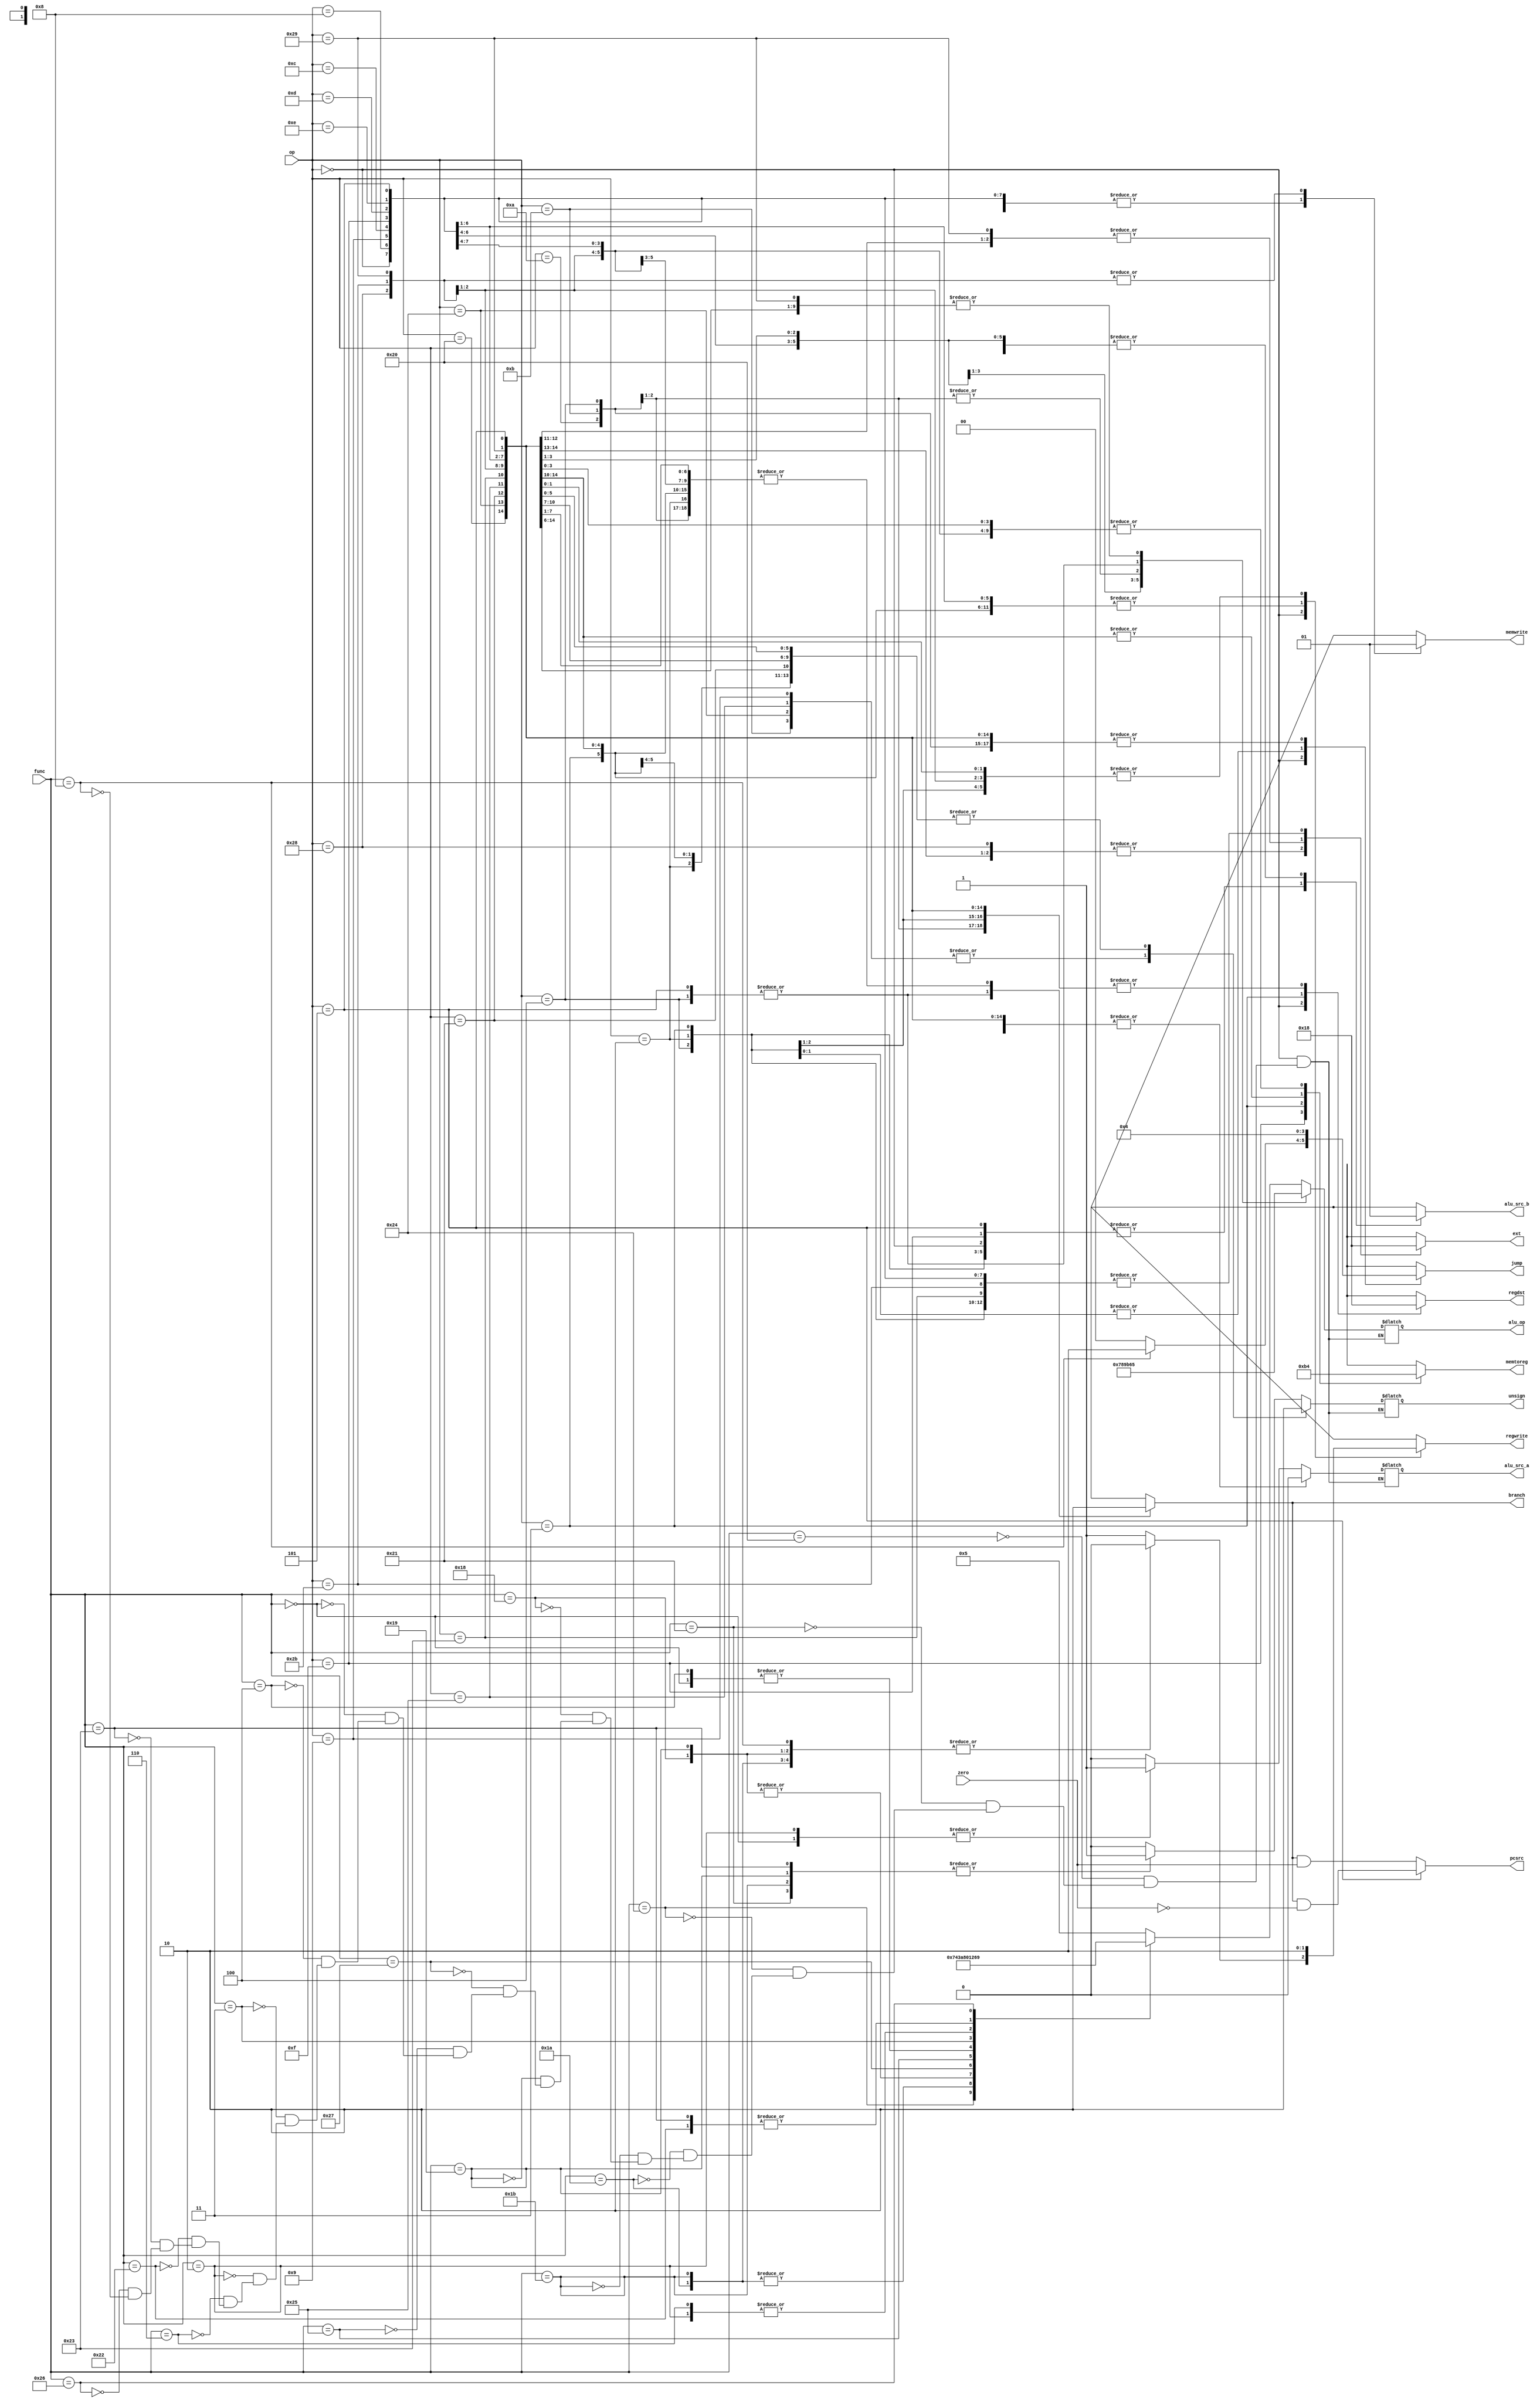
`timescale 1ns / 1ps

module ControlUnit(
    input wire[5:0] op,func,
    input wire zero,
	output reg[1:0] memtoreg,
    output reg memwrite,
	output reg branch,
	output wire pcsrc,
    output reg[3:0] alu_op,
    output reg alu_src_a,alu_src_b,
	output reg[1:0] regdst,
    output reg regwrite,
	output reg[1:0] ext,
    output reg unsign,
	output reg[1:0] jump
    );

    parameter R_TYPE_op     =       6'b000000;
	// Arithmetic and Logical Instructions
    parameter ADD_func      =       6'b100000;
    parameter ADDI_op       =       6'b001000;
    parameter ADDIU_op      =       6'b001001;
    parameter ADDU_func     =       6'b100001;
    parameter AND_func      =       6'b100100;
    parameter ANDI_op       =       6'b001100;
    parameter DIV_func      =       6'b011010;
    parameter DIVU_func     =       6'b011011;
    parameter LUI_op        =       6'b001111;
    parameter MULT_func     =       6'b011000;
    parameter MULTU_func    =       6'b011001;
    parameter NOR_func      =       6'b100111;
    parameter OR_func       =       6'b100101;
    parameter ORI_op        =       6'b001101;
    parameter SLL_func      =       6'b000000;
    parameter SLLV_func     =       6'b000100;
    parameter SRA_func      =       6'b000011;
    parameter SRAV_func     =       6'b000111;
    parameter SRL_func      =       6'b000010;
    parameter SRLV_func     =       6'b000110;
    parameter SUB_func      =       6'b100010;
    parameter SUBU_func     =       6'b100011;
    parameter XOR_func      =       6'b100110;
    parameter XORI_op       =       6'b001110;
    // Comparison Instructions
    parameter SLTI_op       =       6'b001010;
    parameter SLTIU_op      =       6'b001011;
    // Branch Instructions
    parameter BEQ_op        =       6'b000100;
    parameter BNE_op        =       6'b000101;
    // Jump Instructions
    parameter J_op          =       6'b000010;
    parameter JAL_op        =       6'b000011;
    parameter JR_func       =       6'b001000;
    // Load Instructions
    parameter LB_op         =       6'b100000;
    parameter LBU_op        =       6'b100100;
    parameter LH_op         =       6'b100001;
    parameter LHU_op        =       6'b100101;
    parameter LW_op         =       6'b100011;
    // Store Instructions
    parameter SB_op         =       6'b101000;
    parameter SH_op         =       6'b101001;
    parameter SW_op         =       6'b101011;
    
    always @(*) begin
		case (op)
			R_TYPE_op:  begin
                memtoreg = 2'b00;
                memwrite = 1'b0;
                branch = 1'b0;
                alu_src_b = 1'b0;
                regdst = 2'b01;
                regwrite = 1'b1;
                ext <= 2'b00;
                jump = 2'b00;
                case(func)
                    ADD_func:   begin
                        alu_src_a <= 1'b0;
                        unsign <= 1'b0;
                        alu_op <= 4'b0101;
                    end
                    ADDU_func:  begin   // TODO +unsign
                        alu_src_a <= 1'b0;
                        unsign <= 1'b1;
                        alu_op <= 4'b0101;
                    end
                    AND_func:   begin
                        alu_src_a <= 1'b0;
                        unsign <= 1'b0;
                        alu_op <= 4'b0111;
                    end
                    DIV_func:   begin   // TODO + hi,lo
                        alu_src_a <= 1'b0;
                        regwrite <= 1'b0;
                        unsign <= 1'b0;
                        alu_op <= 4'b0100;
                    end
                    DIVU_func:  begin
                        alu_src_a <= 1'b0;
                        regwrite <= 1'b0;
                        unsign <= 1'b1;
                        alu_op <= 4'b0100;
                    end
                    MULT_func:  begin
                        alu_src_a <= 1'b0;
                        regwrite <= 1'b0;
                        unsign <= 1'b0;
                        alu_op <= 4'b0011;
                    end
                    MULTU_func: begin
                        alu_src_a <= 1'b0;
                        regwrite <= 1'b0;
                        unsign <= 1'b1;
                        alu_op <= 4'b0011;
                    end
                    NOR_func:   begin
                        alu_src_a <= 1'b0;
                        unsign <= 1'b0;
                        alu_op <= 4'b1010;
                    end
                    OR_func:     begin
                        alu_src_a <= 1'b0;
                        unsign <= 1'b0;
                        alu_op <= 4'b1000;
                    end
                    SLL_func:    begin  // TODO + alu_src_a inst[10:6]a
                        alu_src_a <= 1'b1;
                        unsign <= 1'b0;
                        alu_op <= 4'b0000;
                    end
                    SLLV_func:   begin
                        alu_src_a <= 1'b0;
                        unsign <= 1'b0;
                        alu_op <= 4'b0000;
                    end
                    SRA_func:    begin
                        alu_src_a <= 1'b0;
                        unsign <= 1'b0;
                        alu_op <= 4'b0001;
                    end
                    SRL_func:    begin // TODO + alu_src_a inst[10:6]a
                        alu_src_a <= 1'b1;
                        unsign <= 1'b0;
                        alu_op <= 4'b0010;
                    end
                    SRLV_func:   begin
                        alu_src_a <= 1'b0;
                        unsign <= 1'b0;
                        alu_op <= 4'b0010;
                    end
                    SUB_func:    begin
                        alu_src_a <= 1'b0;
                        unsign <= 1'b0;
                        alu_op <= 4'b0110;
                    end
                    SUBU_func:   begin
                        alu_src_a <= 1'b0;
                        unsign <= 1'b1;
                        alu_op <= 4'b0110;
                    end
                    XOR_func:    begin
                        alu_src_a <= 1'b0;
                        unsign <= 1'b0;
                        alu_op <= 4'b1001;
                    end
                    JR_func:     begin  // TODO  jump (j + jr)  RD1 -> PC 
                        jump <= 2'b10;
                        regwrite <= 1'b0;
                        alu_src_a <= 1'b0;
                        unsign <= 1'b0;
                        alu_op <= 4'bxxxx;
                    end
                endcase
            end
            ADDI_op:    begin
                memtoreg <= 2'b00;
                memwrite <= 1'b0;
                branch <= 1'b0;
                alu_src_a <= 1'b0;
                alu_src_b <= 1'b1;
                regdst <= 2'b00;
                regwrite <= 1'b1;
                ext <= 2'b00;
                unsign <= 1'b0;
                jump <= 2'b00;
                alu_op <= 4'b0101;
            end
            ADDIU_op:   begin
                memtoreg <= 2'b00;
                memwrite <= 1'b0;
                branch <= 1'b0;
                alu_src_a <= 1'b0;
                alu_src_b <= 1'b1;
                regdst <= 2'b00;
                regwrite <= 1'b1;
                ext <= 2'b00;
                unsign <= 1'b1;
                jump <= 2'b00;
                alu_op <= 4'b0101;
            end
            ANDI_op:    begin
                memtoreg <= 2'b00;
                memwrite <= 1'b0;
                branch <= 1'b0;
                alu_src_a <= 1'b0;
                alu_src_b <= 1'b1;
                regdst <= 2'b00;
                regwrite <= 1'b1;
                ext <= 2'b00;
                unsign <= 1'b0;
                jump <= 2'b00;
                alu_op <= 4'b0111;
            end
            LUI_op:     begin
                memtoreg <= 2'b10;
                memwrite <= 1'b0;
                branch <= 1'b0;
                alu_src_a <= 1'b0;
                alu_src_b <= 1'b0;
                regdst <= 2'b00;
                regwrite <= 1'b1;
                ext <= 2'b00;
                unsign <= 1'b0;
                jump <= 2'b00;
                alu_op <= 4'bxxxx;
            end
            ORI_op:     begin
                memtoreg <= 2'b00;
                memwrite <= 1'b0;
                branch <= 1'b0;
                alu_src_a <= 1'b0;
                alu_src_b <= 1'b1;
                regdst <= 2'b00;
                regwrite <= 1'b1;
                ext <= 2'b00;
                unsign <= 1'b0;
                jump <= 2'b00;
                alu_op <= 4'b1000;
            end
            XORI_op:    begin
                memtoreg <= 2'b00;
                memwrite <= 1'b0;
                branch <= 1'b0;
                alu_src_a <= 1'b0;
                alu_src_b <= 1'b1;
                regdst <= 2'b00;
                regwrite <= 1'b1;
                ext <= 2'b00;
                unsign <= 1'b0;
                jump <= 2'b00;
                alu_op <= 4'b1001;
            end
            SLTI_op:    begin
                memtoreg <= 2'b00;
                memwrite <= 1'b0;
                branch <= 1'b0;
                alu_src_a <= 1'b0;
                alu_src_b <= 1'b1;
                regdst <= 2'b00;
                regwrite <= 1'b1;
                ext <= 2'b00;
                unsign <= 1'b0;
                jump <= 2'b00;
                alu_op <= 4'b1011;
            end
            SLTIU_op:   begin
                memtoreg <= 2'b00;
                memwrite <= 1'b0;
                branch <= 1'b0;
                alu_src_a <= 1'b0;
                alu_src_b <= 1'b1;
                regdst <= 2'b00;
                regwrite <= 1'b1;
                ext <= 2'b00;
                unsign <= 1'b1;
                jump <= 2'b00;
                alu_op <= 4'b1011;
            end
            BEQ_op:     begin
                memtoreg <= 2'b00;
                memwrite <= 1'b0;
                branch <= 1'b1;
                alu_src_a <= 1'b0;
                alu_src_b <= 1'b0;
                regdst <= 2'b00;
                regwrite <= 1'b0;
                ext <= 2'b00;
                unsign <= 1'b0;
                jump <= 2'b00;
                alu_op <= 4'b0110;
            end
            BNE_op:     begin
                memtoreg <= 2'b00;
                memwrite <= 1'b0;
                branch <= 1'b1;
                alu_src_a <= 1'b0;
                alu_src_b <= 1'b0;
                regdst <= 2'b00;
                regwrite <= 1'b0;
                ext <= 2'b00;
                unsign <= 1'b0;
                jump <= 2'b00;
                alu_op <= 4'b0110;
            end
            J_op:       begin
                memtoreg <= 2'b00;
                memwrite <= 1'b0;
                branch <= 1'b0;
                alu_src_a <= 1'b0;
                alu_src_b <= 1'b0;
                regdst <= 2'b00;
                regwrite <= 1'b0;
                ext <= 2'b00;
                unsign <= 1'b0;
                jump <= 2'b01;
                alu_op <= 4'bxxxx;
            end
            JAL_op:     begin
                memtoreg <= 2'b11;
                memwrite <= 1'b0;
                branch <= 1'b0;
                alu_src_a <= 1'b0;
                alu_src_b <= 1'b0;
                regdst <= 2'b10;    // TODO GPR[31], 31
                regwrite <= 1'b1;
                ext <= 2'b00;
                unsign <= 1'b0;
                jump <= 2'b01;
                alu_op <= 4'bxxxx;
            end
            LB_op:      begin   // TODO ext, LoadExt
                memtoreg <= 2'b01;
                memwrite <= 1'b0;
                branch <= 1'b0;
                alu_src_a <= 1'b0;
                alu_src_b <= 1'b1;
                regdst <= 2'b00;
                regwrite <= 1'b1;
                ext <= 2'b01;
                unsign <= 1'b0;
                jump <= 2'b00;
                alu_op <= 4'b0101;
            end
            LBU_op:     begin   // TODO LoadExt
                memtoreg <= 2'b01;
                memwrite <= 1'b0;
                branch <= 1'b0;
                alu_src_a <= 1'b0;
                alu_src_b <= 1'b1;
                regdst <= 2'b00;
                regwrite <= 1'b1;
                ext <= 2'b01;
                unsign <= 1'b1;
                jump <= 2'b00;
                alu_op <= 4'b0101;
            end
            LH_op:      begin
                memtoreg <= 2'b01;
                memwrite <= 1'b0;
                branch <= 1'b0;
                alu_src_a <= 1'b0;
                alu_src_b <= 1'b1;
                regdst <= 2'b00;
                regwrite <= 1'b1;
                ext <= 2'b10;
                unsign <= 1'b0;
                jump <= 2'b00;
                alu_op <= 4'b0101;
            end
            LHU_op:     begin
                memtoreg <= 2'b01;
                memwrite <= 1'b0;
                branch <= 1'b0;
                alu_src_a <= 1'b0;
                alu_src_b <= 1'b1;
                regdst <= 2'b00;
                regwrite <= 1'b1;
                ext <= 2'b10;
                unsign <= 1'b1;
                jump <= 2'b00;
                alu_op <= 4'b0101;
            end
            LW_op:     begin
                memtoreg <= 2'b01;
                memwrite <= 1'b0;
                branch <= 1'b0;
                alu_src_a <= 1'b0;
                alu_src_b <= 1'b1;
                regdst <= 2'b00;
                regwrite <= 1'b1;
                ext <= 2'b00;
                unsign <= 1'b0;
                jump <= 2'b00;
                alu_op <= 4'b0101;
            end
            SB_op:      begin   //TODO + StoreExt
                memtoreg <= 2'b00;
                memwrite <= 1'b1;
                branch <= 1'b0;
                alu_src_a <= 1'b0;
                alu_src_b <= 1'b1;
                regdst <= 2'b00;
                regwrite <= 1'b0;
                ext <= 2'b01;
                unsign <= 1'b0;
                jump <= 2'b00;
                alu_op <= 4'b0101;
            end
            SH_op:      begin
                memtoreg <= 2'b00;
                memwrite <= 1'b1;
                branch <= 1'b0;
                alu_src_a <= 1'b0;
                alu_src_b <= 1'b1;
                regdst <= 2'b00;
                regwrite <= 1'b0;
                ext <= 2'b10;
                unsign <= 1'b0;
                jump <= 2'b00;
                alu_op <= 4'b0101;
            end
            SW_op:      begin
                memtoreg <= 2'b00;
                memwrite <= 1'b1;
                branch <= 1'b0;
                alu_src_a <= 1'b0;
                alu_src_b <= 1'b1;
                regdst <= 2'b00;
                regwrite <= 1'b0;
                ext <= 2'b00;
                unsign <= 1'b0;
                jump <= 2'b00;
                alu_op <= 4'b0101;
            end
			default:  begin
                memtoreg <= 2'bxx;
                memwrite <= 1'bx;
                branch <= 1'bx;
                alu_src_a <= 1'bx;
                alu_src_b <= 1'bx;
                regdst <= 2'bxx;
                regwrite <= 1'bx;
                ext <= 2'bxx;
                unsign <= 1'bx;
                jump <= 2'bxx;
                alu_op <= 4'bxxxx;
            end
		endcase
	end

	assign pcsrc = (op == BNE_op)? (branch & (~zero)): (branch & zero);

endmodule